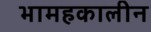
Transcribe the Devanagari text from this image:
भामहकालीन